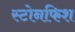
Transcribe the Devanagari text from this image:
स्टोनफिश